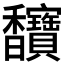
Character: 𫘄